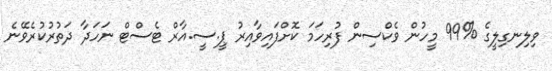
ވިލިނގިލީގެ %99 މީހުން ވެކްސިން ފުރިހަމަ ކޮށްފައިވާއިރު ޕީ.ސީ.އާރް ޓެސްޓް ނަހަދާ ދަތުރުކުރެވޭނެ